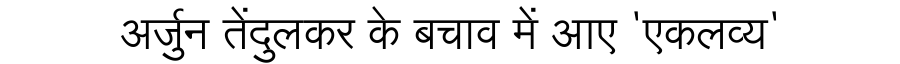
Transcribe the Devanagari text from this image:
अर्जुन तेंदुलकर के बचाव में आए 'एकलव्य'